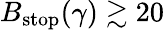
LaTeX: B_{\mathrm{stop}}(\gamma)\gtrsim 20